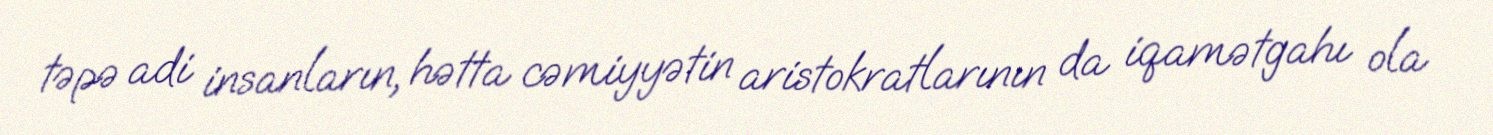
təpə adi insanların, hətta cəmiyyətin aristokratlarının da iqamətgahı ola